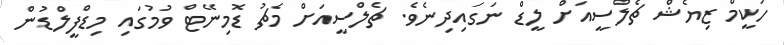
ހަކީމް ޒިޔެޝް ޗެލްސީއަށް ލީޑް ނަގައިދިނެވެ. ޗެލްސީއަށް މެޗު ޑޮމިނޭޓް ވުމުގައި މިޑްފީލްޑުން